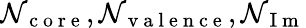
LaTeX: \mathcal{N}_{\mathrm{{~c~o~r~e~}}},\mathcal{N}_{\mathrm{{~v~a~l~e~n~c~e~}}},\mathcal{N}_{\mathrm{{~I~m~}}}